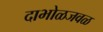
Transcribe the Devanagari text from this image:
दाभोळजवळ